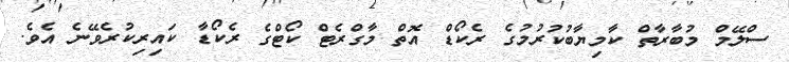
ސްލޭމް މުބާރާތް ކާމިޔާބުކުރުމުގެ ރެކޯޑް އޮތް މާގްރެޓް ކޯޓްގެ ރެކޯޑާ ކައިރިކުރެވޭނެ އެވެ.